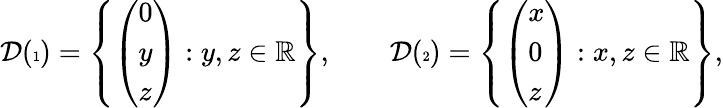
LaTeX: \mathcal{D}({\tiny\begin{array}{c}{1}\end{array}})=\left\{ \left(\begin{array}{l}{0}\\ {y}\\ {z}\end{array}\right):y,z\in\mathbb{R}\right\} ,\qquad\mathcal{D}({\tiny\begin{array}{c}{2}\end{array}})=\left\{ \left(\begin{array}{l}{x}\\ {0}\\ {z}\end{array}\right):x,z\in\mathbb{R}\right\} ,